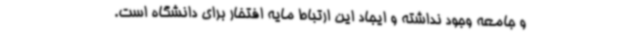
و جامعه وجود نداشته و ایجاد این ارتباط مایه افتخار برای دانشگاه است.